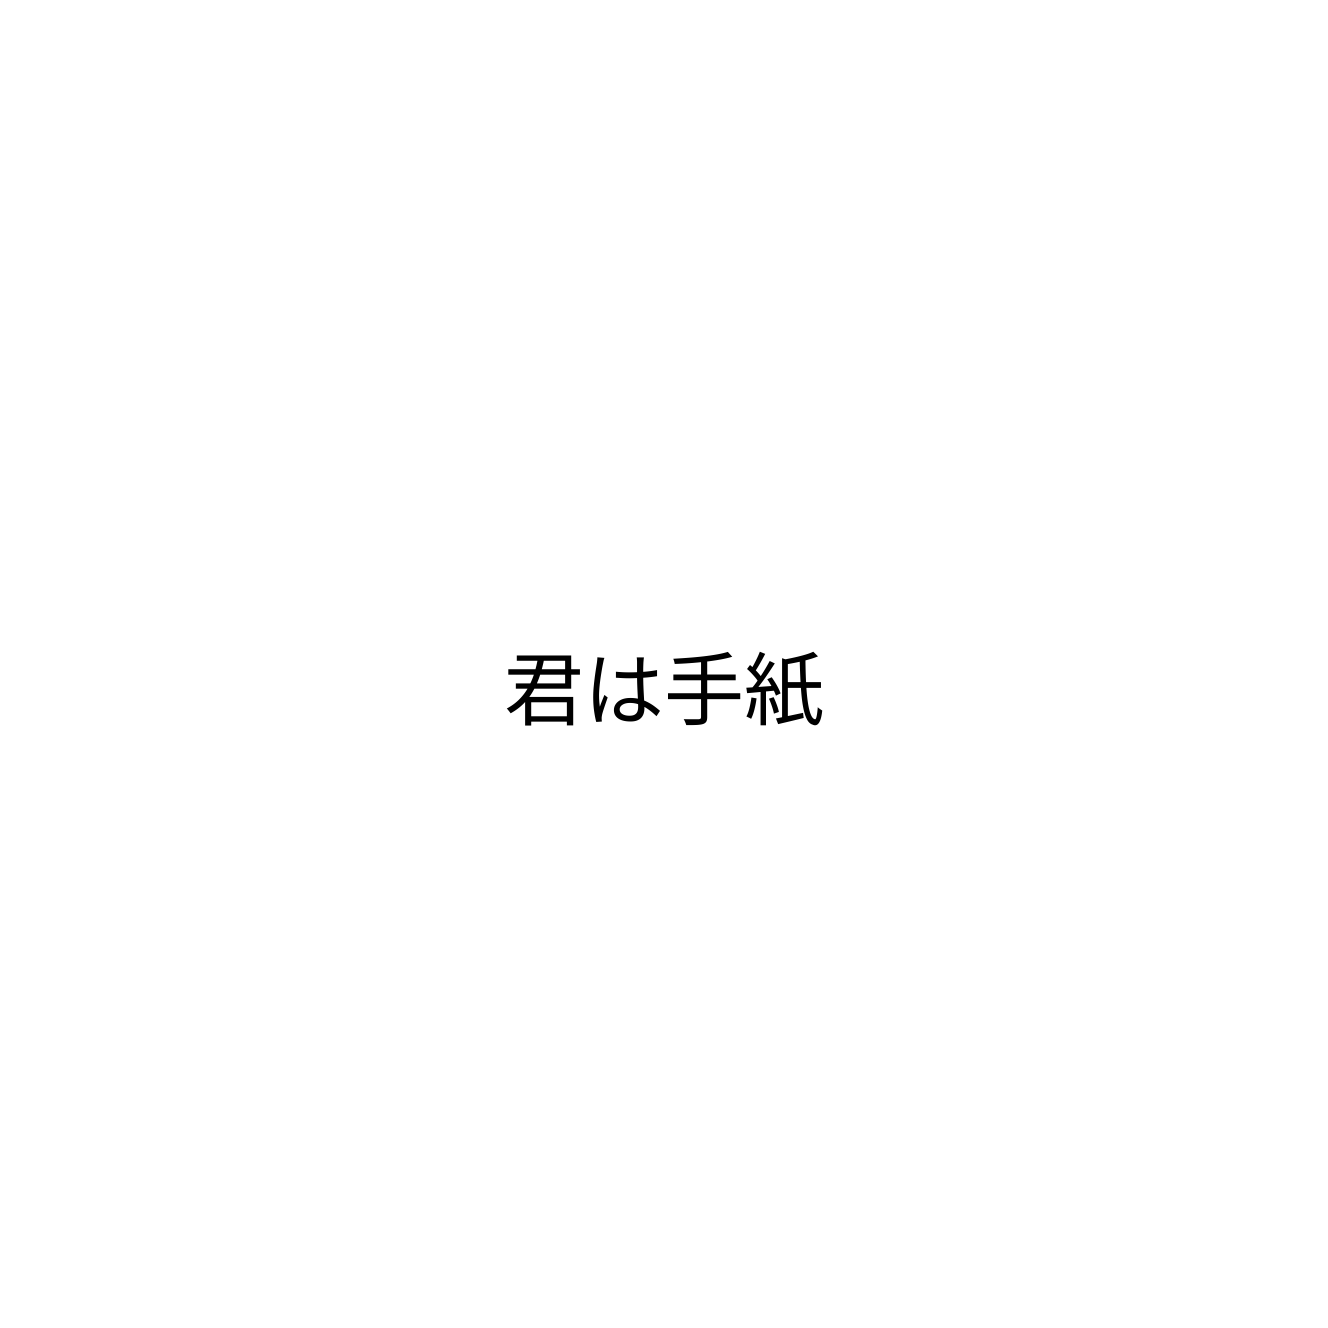
君は手紙